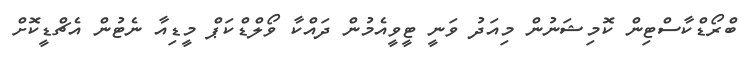
ބްރޯޑްކާސްޓިން ކޮމިޝަނުން މިއަދު ވަނީ ޓީވީއެމުން ދައްކާ ވޯލްޑްކަޕް މީޑިއާ ނެޓުން އެޗްޑީކޮށް